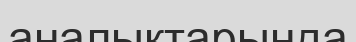
аналықтарында